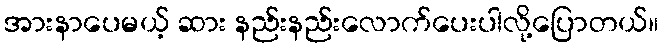
အားနာပေမယ့် ဆား နည်းနည်းလောက်ပေးပါလို့ပြောတယ်။